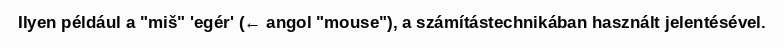
Ilyen például a "miš" 'egér' (← angol "mouse"), a számítástechnikában használt jelentésével.